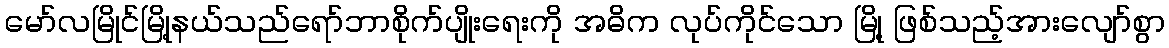
မော်လမြိုင်မြို့နယ်သည်ရော်ဘာစိုက်ပျိုးရေးကို အဓိက လုပ်ကိုင်သော မြို့ ဖြစ်သည့်အားလျော်စွာ